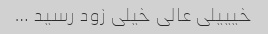
خیییلی عالی خیلی زود رسید …